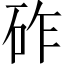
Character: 砟